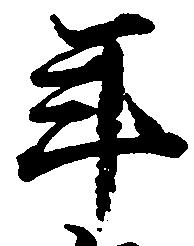
年